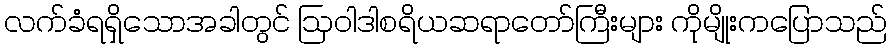
လက်ခံရရှိသောအခါတွင် ဩဝါဒါစရိယဆရာတော်ကြီးများ ကိုမျိုးကပြောသည်